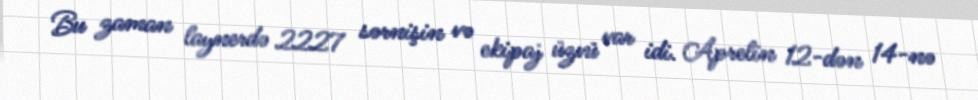
Bu zaman laynerdə 2227 sərnişin və ekipaj üzvü var idi. Aprelin 12-dən 14-nə